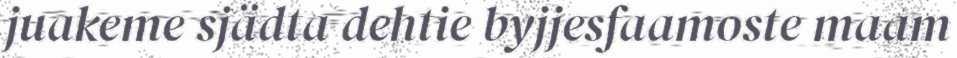
juakeme sjädta dehtie byjjesfaamoste maam